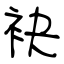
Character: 袂